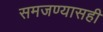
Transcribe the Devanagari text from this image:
समजण्यासही